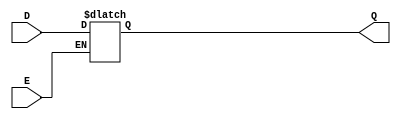
module dlatch_ar(D, E, Q);
input D, E;
output reg Q;

always@ (*)
begin
if(E)
Q<=D;
end
endmodule